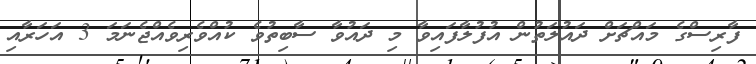
ފާރިސްގެ މައްޗަށް ދައުލަތުން އުފުލާފައިވާ މި ދައުވާ ސާބިތުވެ ކުއްވެރިވެއްޖެނަމަ 3 އަހަރާއި